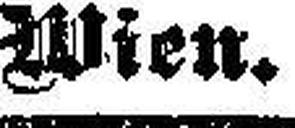
Wien.